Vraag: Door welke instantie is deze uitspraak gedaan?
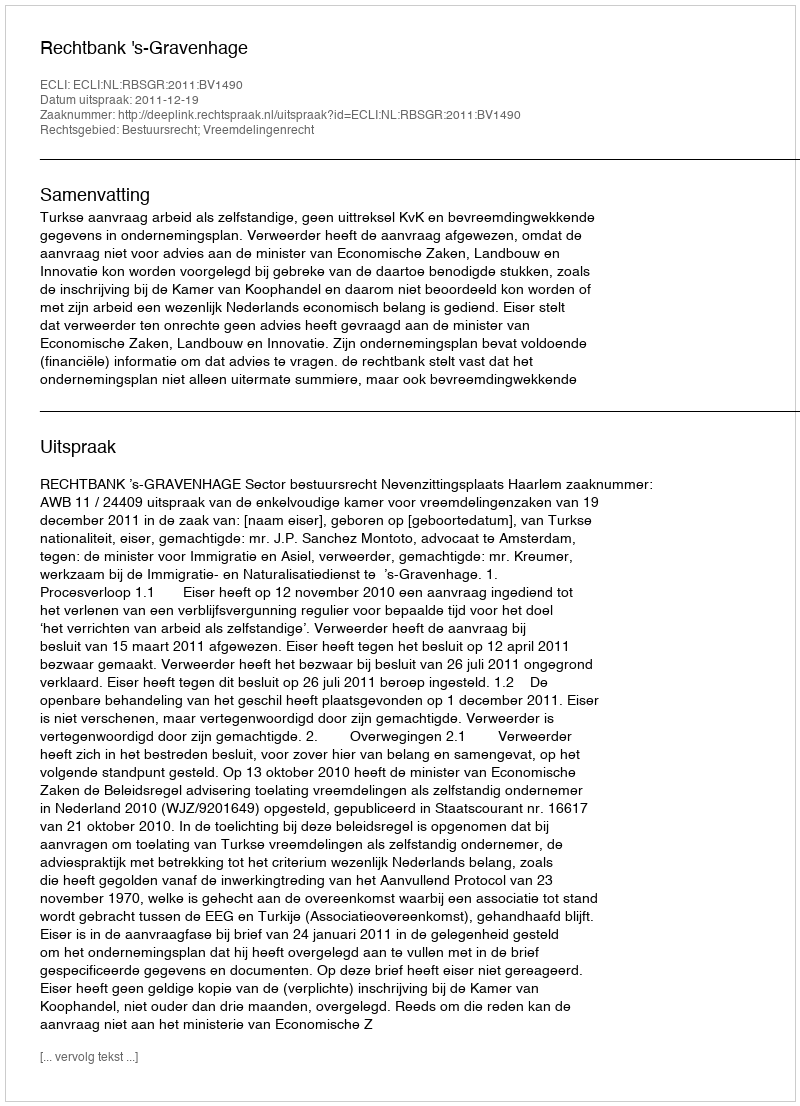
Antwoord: Rechtbank 's-Gravenhage